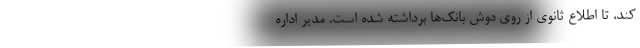
کند، تا اطلاع ثانوی از روی دوش بانک‌ها برداشته شده است. مدیر اداره